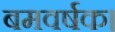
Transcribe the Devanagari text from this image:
बमवर्षक।